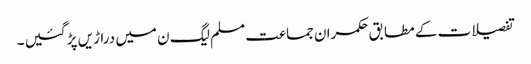
تفصیلات کے مطابق حکمران جماعت مسلم لیگ ن میں دراڑیں پڑ گئیں ۔